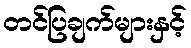
တင်ပြချက်များနှင့်